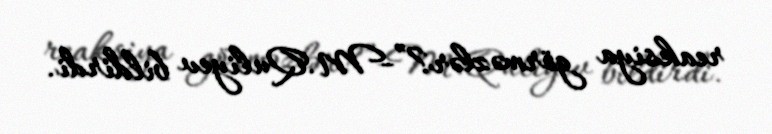
reaksiya görməzlər?”-M.Quliyev bildirdi.